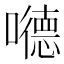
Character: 𪢝